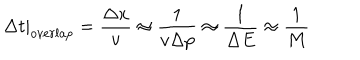
\left. { \Delta t } \right| _ { o v e r l a p } = { \frac { \Delta x } { v } } \approx { \frac { 1 } { v \Delta p } } \approx { \frac { 1 } { \Delta E } } \approx { \frac { 1 } { M } }